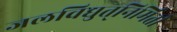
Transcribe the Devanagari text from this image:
जलविद्युत्‌निर्मिती